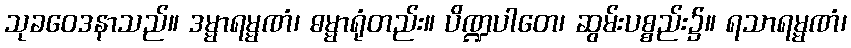
သုခဝေဒနာသည်။ ဒမ္မာရမ္မဏံ၊ ဓမ္မာရုံတည်း။ ပိဏ္ဍပါတေ၊ ဆွမ်းပစ္စည်း၌။ ရသာရမ္မဏံ၊